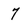
Character: 7